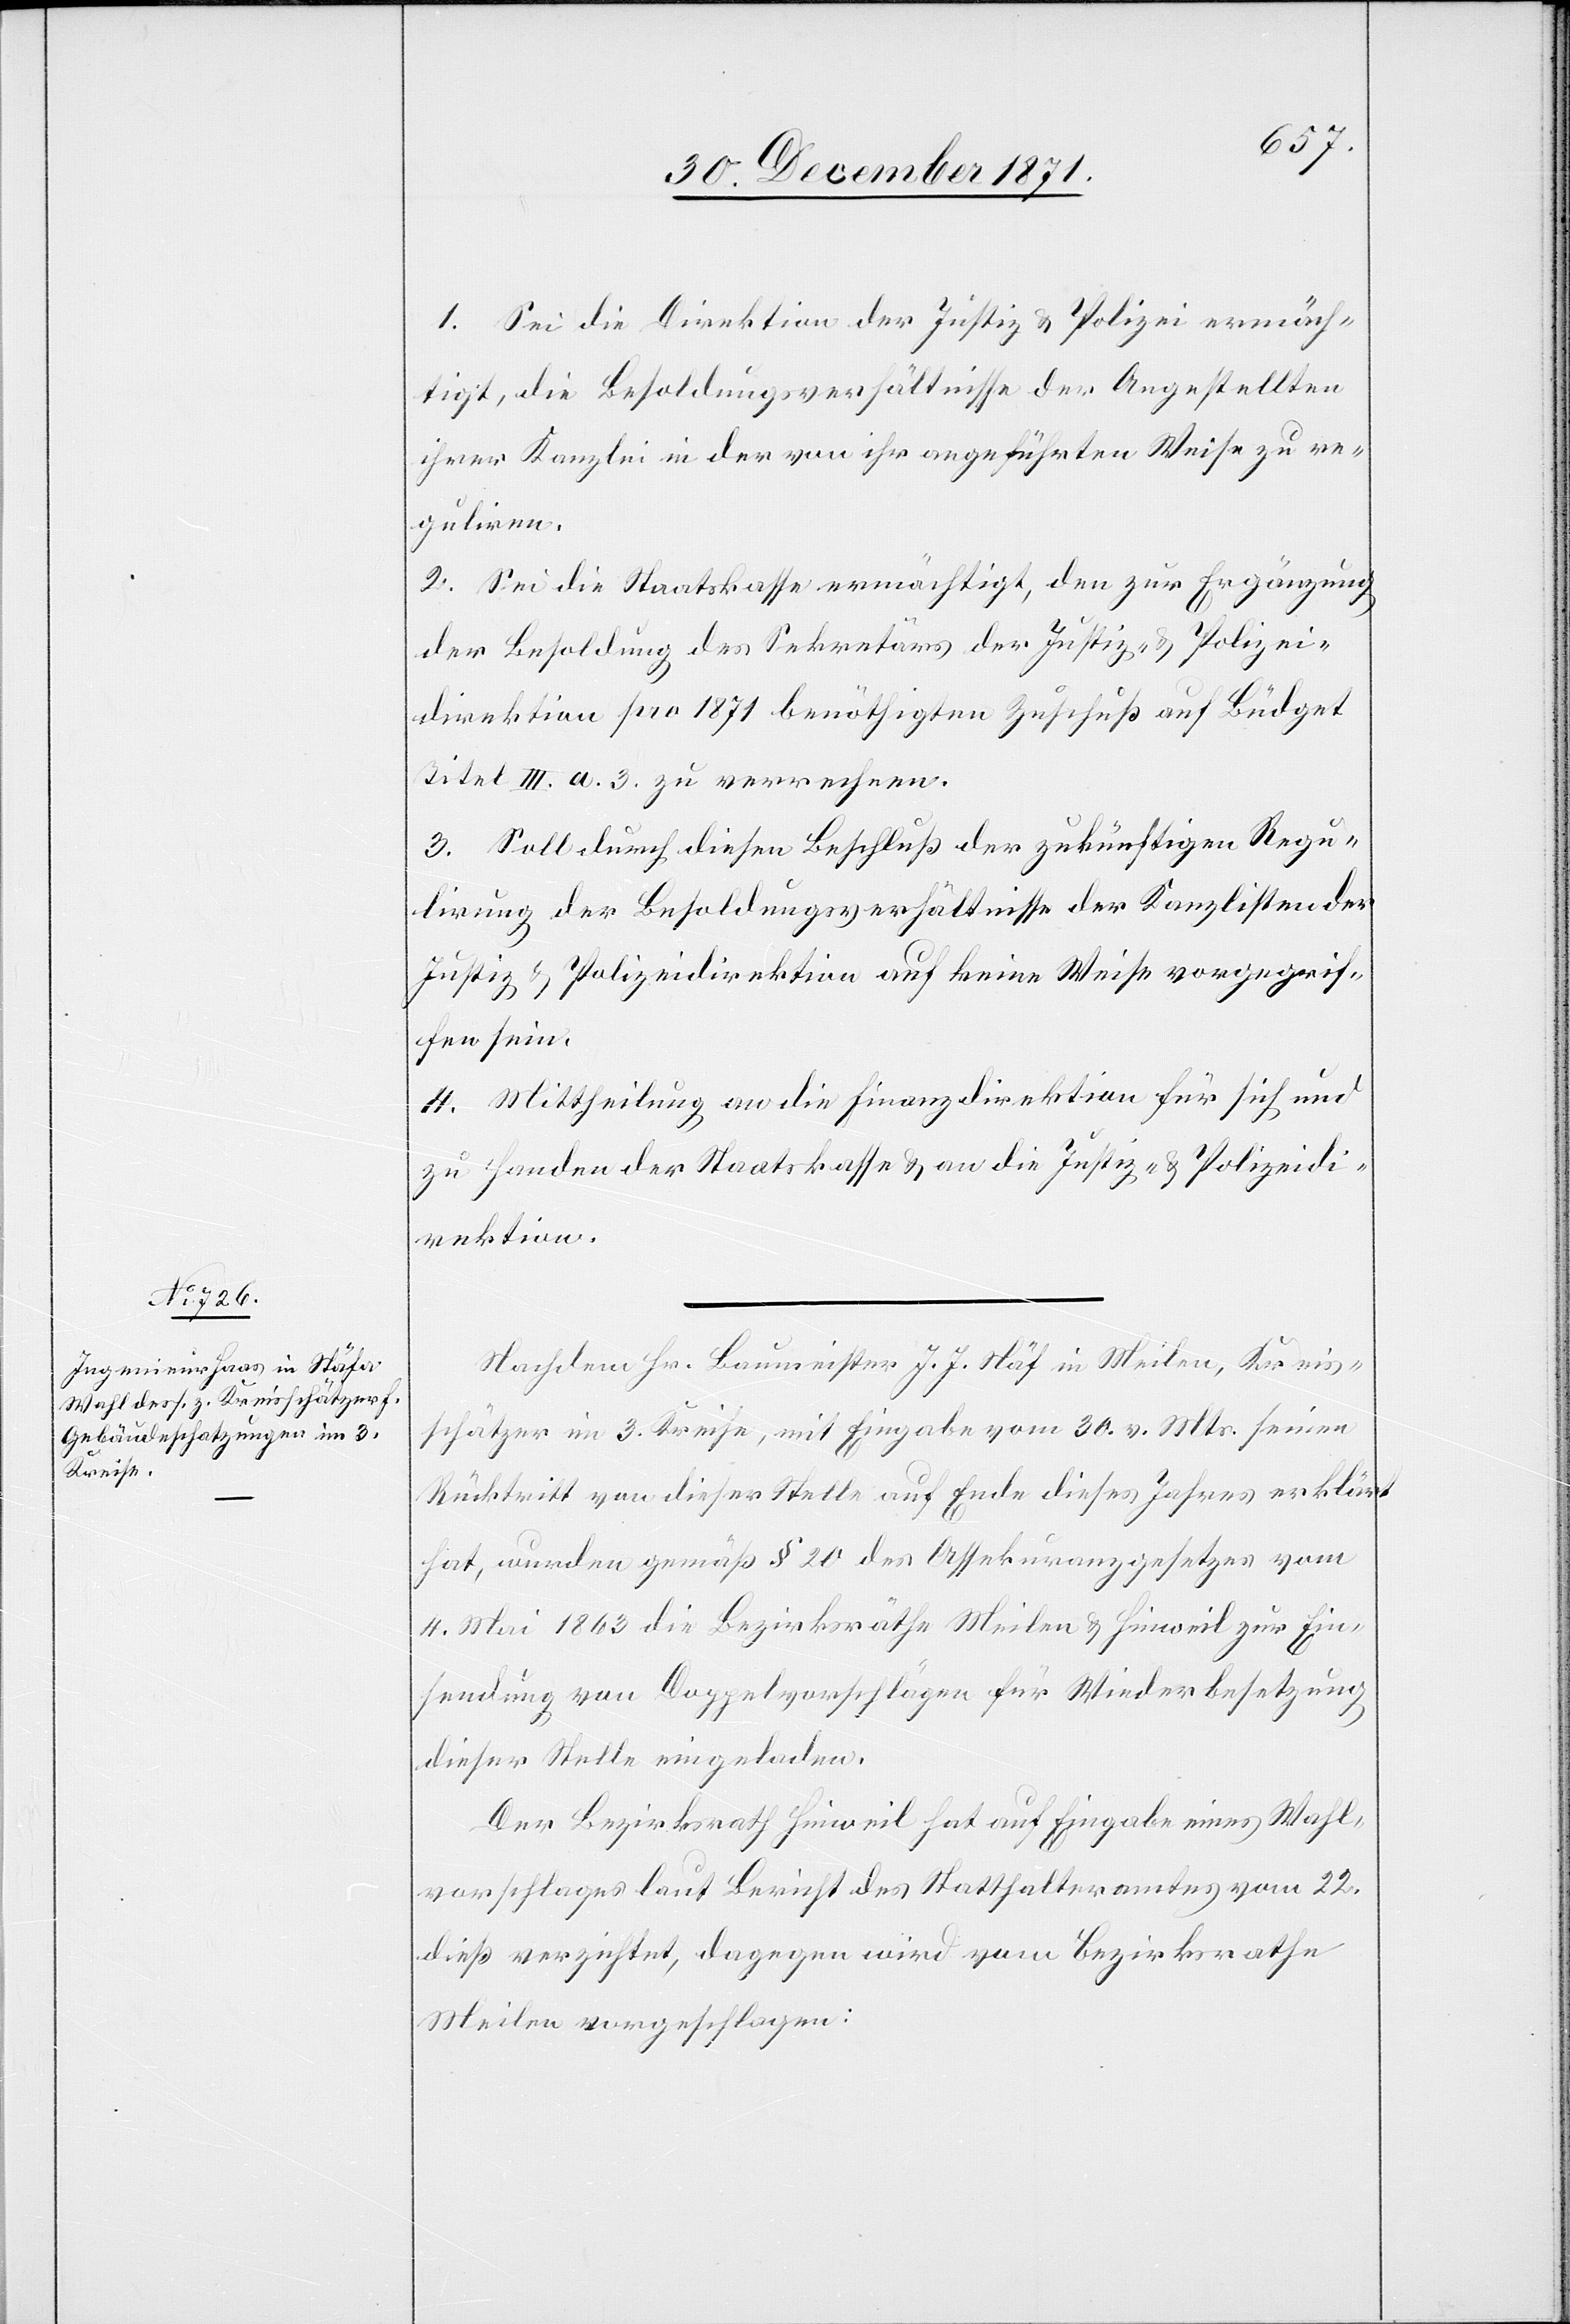
1. Sei die Direktion der Justiz & Polizei ermäch¬
tigt, die Besoldungsverhältnisse der angestellten
ihrer Kanzlei in der von ihr angeführten Weise zu re¬
guliren.
2. Sei die Staatskasse ermächtigt, den zur Ergänzung
der Besoldung des Sekretärs der Justiz- & Polizei¬
direktion pro 1871 benöthigten Zuschuß auf Büdget
Titel III. a. 3. zu verrechnen.
3. Soll durch diesen Beschluß der zukünftigen Regu¬
lirung der Besoldungsverhältnisse der Kanzlisten der
Justiz- & Polizeidirektion auf keine Weise vorgegrif¬
fen sein.
4. Mittheilung an die Finanzdirektion für sich und
zu Handen der Staatskasse & an die Justiz- & Polizeidi¬
rektion.
Nachdem Hr. Baumeister J. J. Näf in Meilen, Kreis¬
schätzer im 3. Kreise, mit Eingabe vom 30. v. Mts. seinen
Rücktritt von dieser Stelle auf Ende dieses Jahres erklärt
hat, wurden gemäß § 20 des Assekuranzgesetzes vom
4. Mai 1863 die Bezirksräthe Meilen & Hinweil zur Ein¬
sendung von Doppelvorschlägen für Wiederbesetzung
dieser Stelle eingeladen.
Der Bezirksrath Hinweil hat auf Eingabe eines Wahl¬
vorschlages laut Bericht des Statthalteramtes vom 22.
dieß verzichtet, dagegen wird vom Bezirksrathe
Meilen vorgeschlagen: